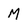
Character: M